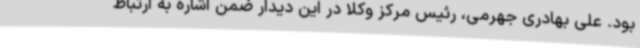
بود. علی بهادری جهرمی، رئیس مرکز وکلا در این دیدار ضمن اشاره به ارتباط